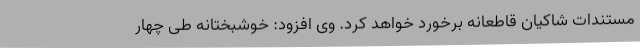
مستندات شاکیان قاطعانه برخورد خواهد کرد. وی افزود: خوشبختانه طی چهار